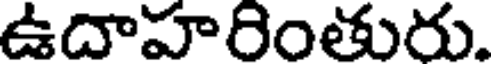
ఉదాహరింతురు.